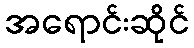
အရောင်းဆိုင်